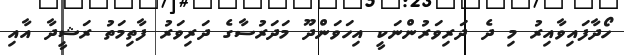
ހޯދާފައިވާއިރު މި ދެ ދަރިވަރުންނަކީ އިހަވަންދޫ މަދަރުސާގެ ދަރިވަރު ފާތިމަތު ރަޝީދާ އާއި